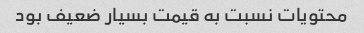
محتویات نسبت به قیمت بسیار ضعیف بود